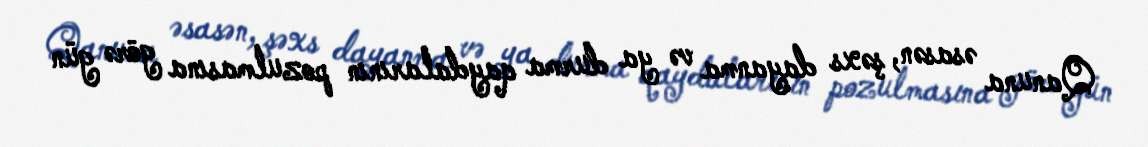
Qanuna əsasən, şəxs dayanma və ya durma qaydalarının pozulmasına görə gün